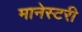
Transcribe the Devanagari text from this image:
मानेस्टरी